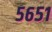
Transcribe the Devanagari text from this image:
५६५१